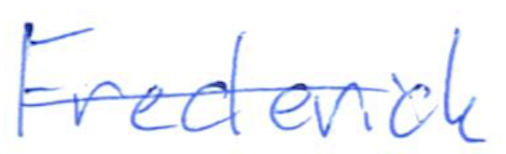
Text: Frederick
Cross-out: single-line
Writing tool: ballpoint